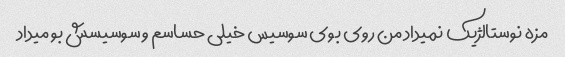
مزه نوستالژیک نمیداد من روی بوی سوسیس خیلی حساسم و سوسیسش بو میداد